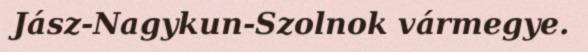
Jász-Nagykun-Szolnok vármegye.